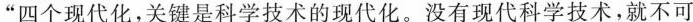
”四个现代化，关键是科学技术的现代化。没有现代科学技术，就不可